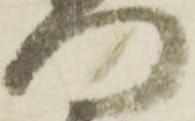
門